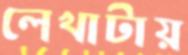
লেখাটায়